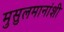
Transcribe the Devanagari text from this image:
मुसुलमानांशी